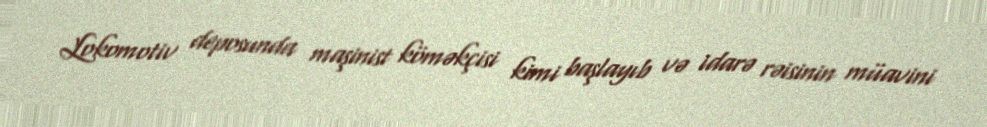
Lokomotiv deposunda maşinist köməkçisi kimi başlayıb və idarə rəisinin müavini